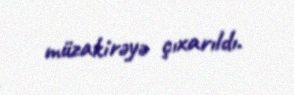
müzakirəyə çıxarıldı.